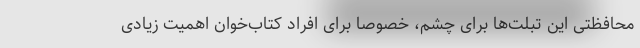
محافظتی این تبلت‌ها برای چشم، خصوصا برای افراد کتاب‌خوان اهمیت زیادی